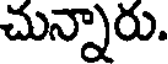
చున్నారు.